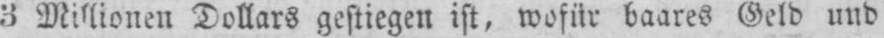
3 Millionen Dollars gestiegen ist, wofür baares Geld und